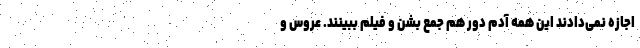
اجازه نمی‌دادند این همه آدم دور هم جمع بشن و فیلم ببینند. عروس و